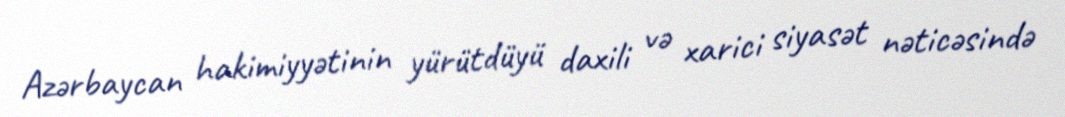
Azərbaycan hakimiyyətinin yürütdüyü daxili və xarici siyasət nəticəsində